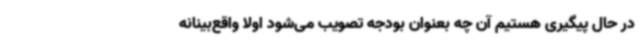
در حال پیگیری هستیم آن چه بعنوان بودجه تصویب می‌شود اولا واقع‌بینانه